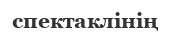
спектаклінің